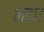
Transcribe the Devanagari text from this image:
भेदी।